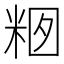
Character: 𱸽